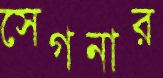
সেগনার